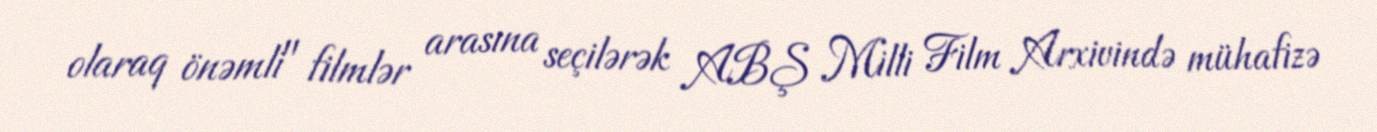
olaraq önəmli" filmlər arasına seçilərək ABŞ Milli Film Arxivində mühafizə